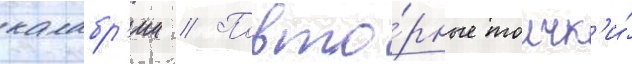
калабр'ии // Повто́рные толчк'и́